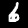
Digit: 6